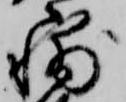
輔